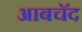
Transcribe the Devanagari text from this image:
आबचॅद